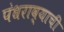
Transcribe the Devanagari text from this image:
पंधराव्याची